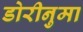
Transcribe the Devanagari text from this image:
डोरीनुमा